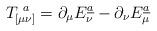
LaTeX: \begin{align*}T_{[\mu\nu]}^{\ a} =\partial_{\mu}E^{\underline{a}}_{\nu} - \partial_{\nu}E^{\underline{a}}_{\mu}\end{align*}